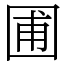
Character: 圃